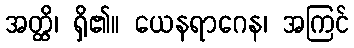
အတ္ထိ၊ ရှိ၏။ ယေနရာဂေန၊ အကြင်